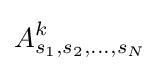
A_{s_{1},s_{2},\ldots ,s_{N}}^{k}